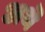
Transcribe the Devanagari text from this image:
अथॆ